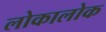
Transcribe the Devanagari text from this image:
लोकालोक